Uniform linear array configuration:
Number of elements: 64
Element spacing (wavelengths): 0.25
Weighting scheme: hamming
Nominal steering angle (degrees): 0
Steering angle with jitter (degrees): -1.851
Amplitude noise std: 0.05
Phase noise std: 0.05

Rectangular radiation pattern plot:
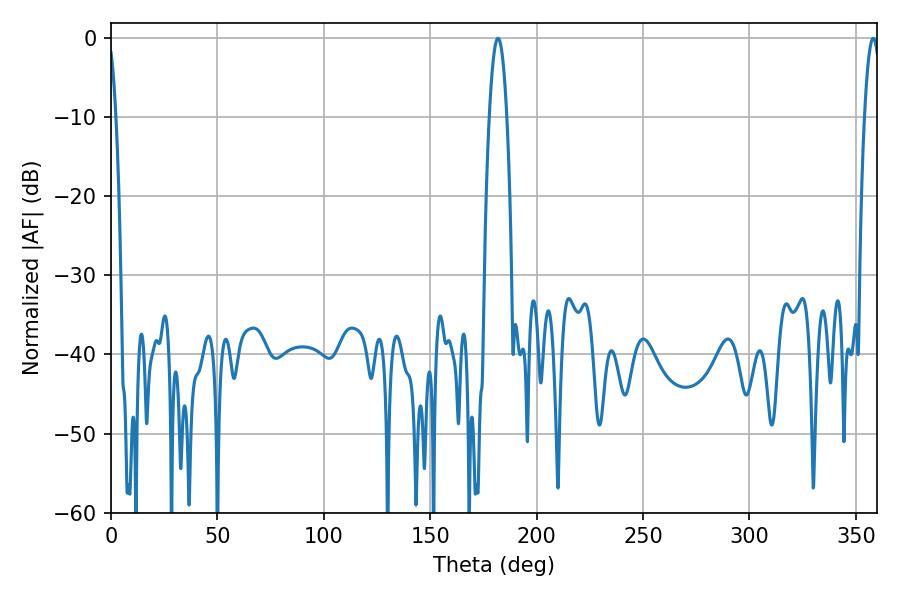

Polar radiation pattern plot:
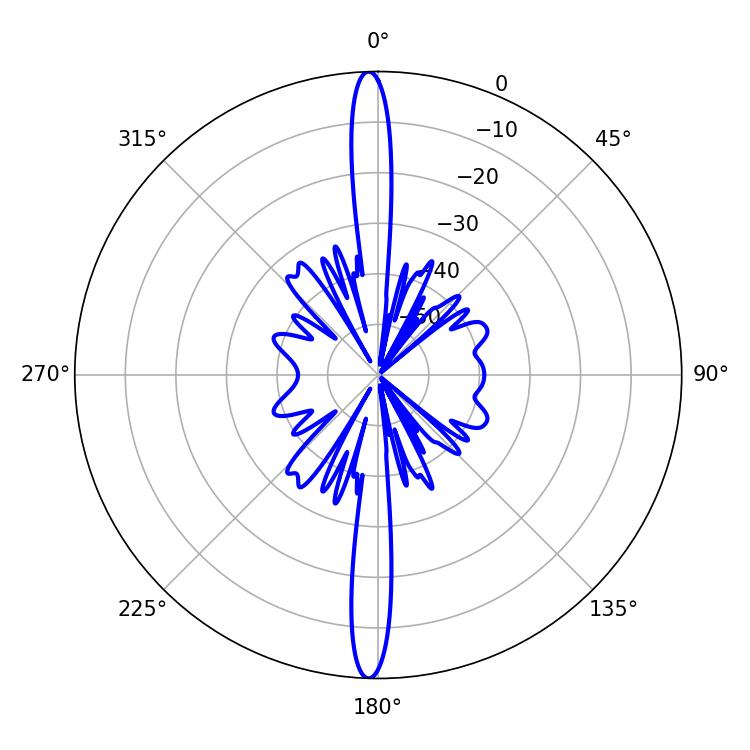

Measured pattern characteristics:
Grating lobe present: FALSE
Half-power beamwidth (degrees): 4.5
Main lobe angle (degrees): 181.8